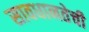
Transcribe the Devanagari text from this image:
सावधानतेची